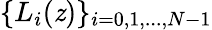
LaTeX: \{ L_{i}(\mathit{z})\} _{i=0,1,...,N-1}